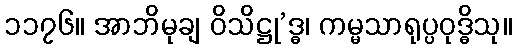
၁၁၇၆။ အာဘိမုချ ဝိသိဋ္ဌု’ဒ္ဓ၊ ကမ္မသာရုပ္ပဝုဒ္ဓိသု။